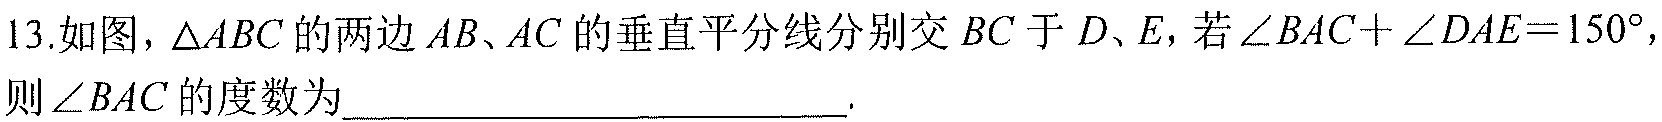
13.如图，\(\triangle ABC\)的两边\(AB、AC\)的垂直平分线分别交\(BC\)于\(D、E\)，若\(\angle BAC + \angle DAE = 150^{\circ}\)，则\(\angle BAC\)的度数为___.